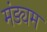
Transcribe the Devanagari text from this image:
मंड्यम